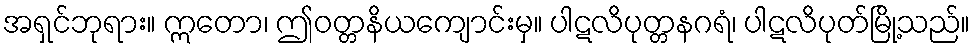
အရှင်ဘုရား။ ဣတော၊ ဤဝတ္တနိယကျောင်းမှ။ ပါဋလိပုတ္တနဂရံ၊ ပါဋလိပုတ်မြို့သည်။